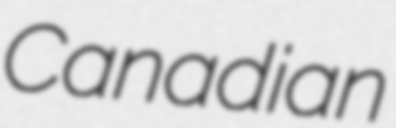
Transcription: Canadian